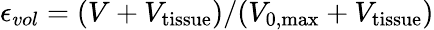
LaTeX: \epsilon_{vol}=(V+V_{\mathrm{tissue}})/(V_{\mathrm{0,max}}+V_{\mathrm{tissue}})